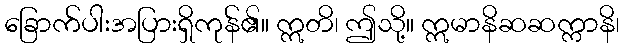
ခြောက်ပါးအပြားရှိကုန်၏။ ဣတိ၊ ဤသို့။ ဣမာနိဆဆက္ကာနိ၊